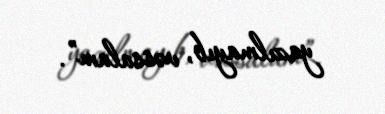
yazılmayıb, vəssalam”.